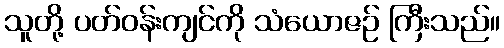
သူတို့ ပတ်ဝန်းကျင်ကို သံယောဇဉ် ကြီးသည်။